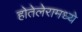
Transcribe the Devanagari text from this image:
होतेलेरामध्ये